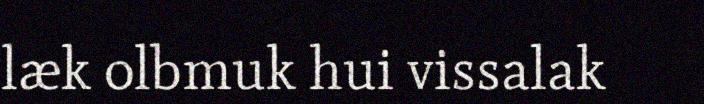
læk olbmuk hui vissalak